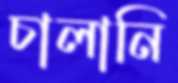
চালানি